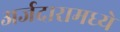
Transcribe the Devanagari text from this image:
अर्जदारामध्ये